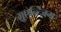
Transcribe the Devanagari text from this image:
ग़्रुएन्त्ज़िग